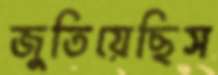
জুতিয়েছিস